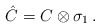
\begin{align*}\hat{C} = C \otimes \sigma _1\, .\end{align*}